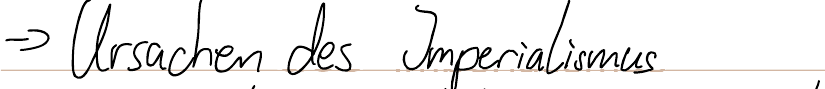
=> Ursachen des Imperialismus